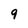
Character: 9